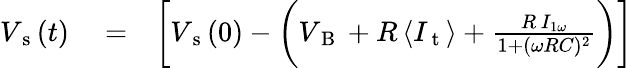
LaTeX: \begin{array}{rlr}{V_{\mathrm{~s~}}(t)}&{{}=}&{\bigg[V_{\mathrm{~s~}}(0)-\bigg(V_{\mathrm{~B~}}+R\, \langle I_{\mathrm{~t~}}\rangle+\frac{R\, I_{1\omega}}{1+(\omega RC)^{2}}\bigg)\bigg]}\end{array}